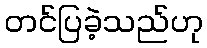
တင်ပြခဲ့သည်ဟု